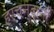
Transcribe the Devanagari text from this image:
हरचन्दानी